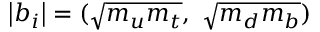
\left| b _ { i } \right| = ( \sqrt { m _ { u } m _ { t } } , \ \sqrt { m _ { d } m _ { b } } )